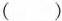
()